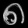
Digit: ၈